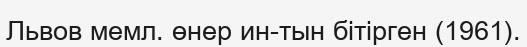
Львов мемл. өнер ин-тын бітірген (1961).